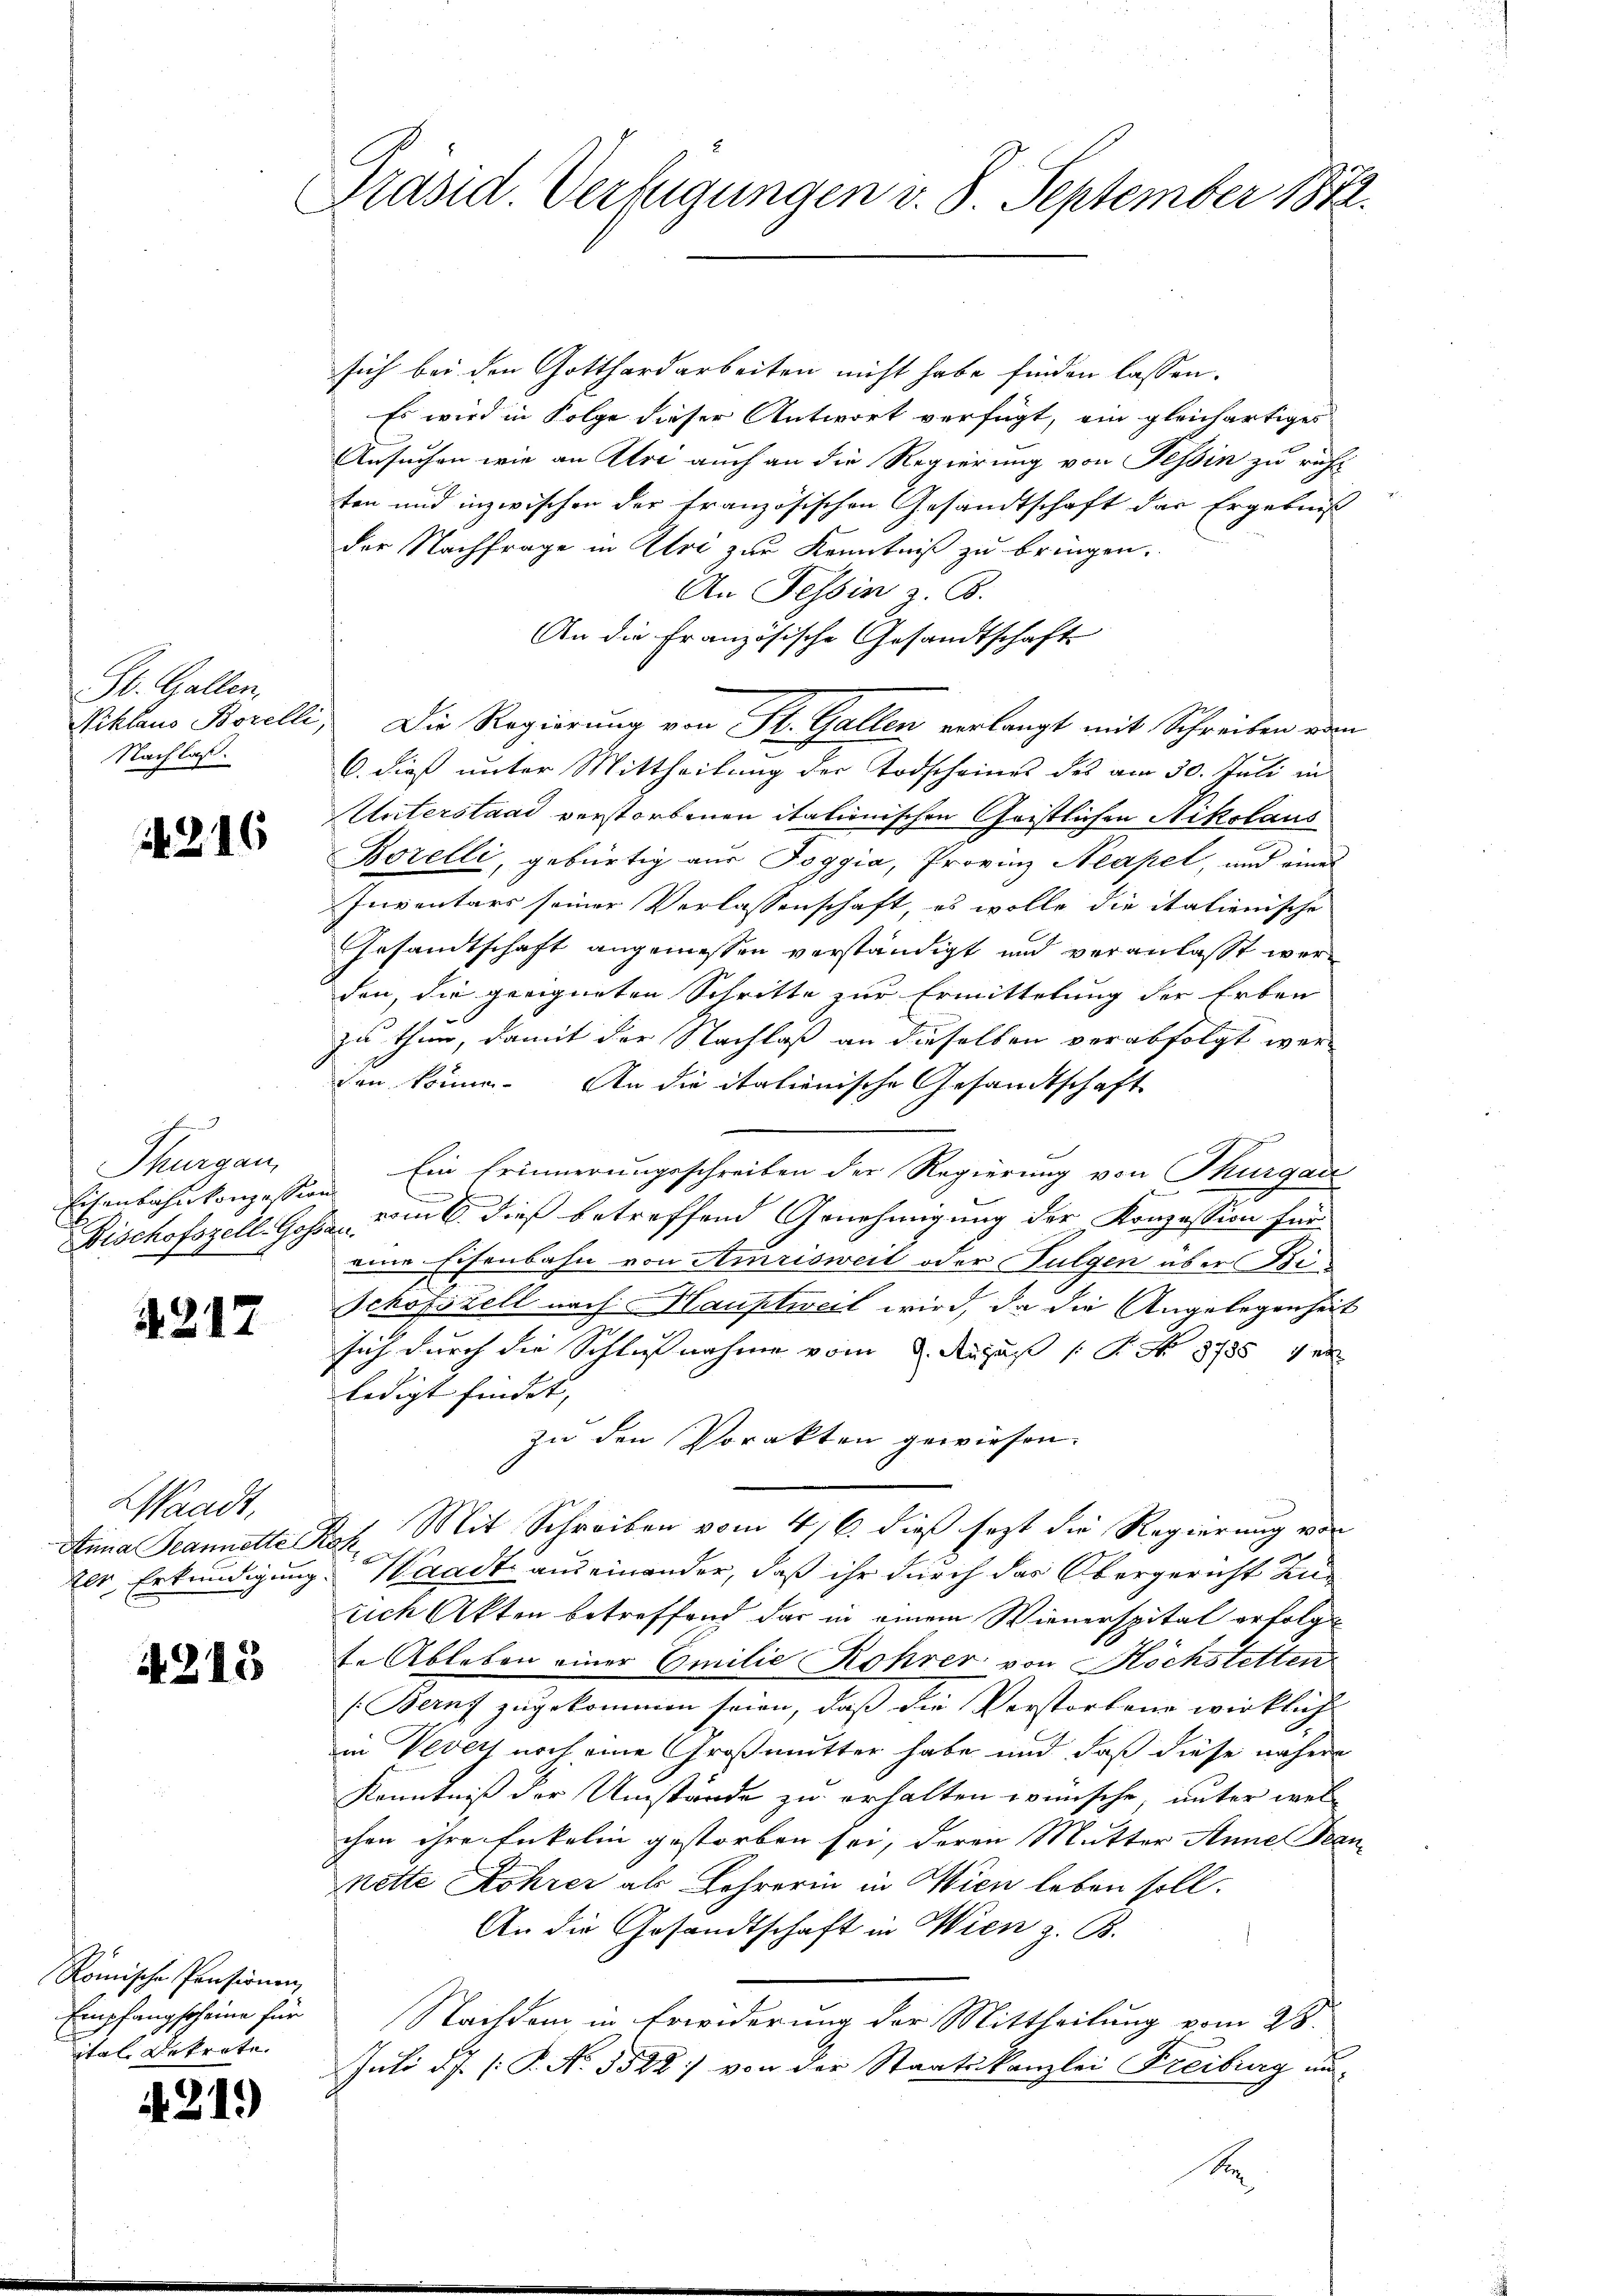
St. Gallen.
Nachlaß.

4216

Thurgau,

4217

Waadt,

4215

Römische Pensionen,
Empfangscheine für
ital Dekrete.

A. 219)

Präsid. Verfügungen v. 8. September 1872.

sich bei den Gotthardarbeiten nicht habe finden lassen.
Es wird in Folge dieser Antwort verfügt, ein gleichartiges
Ausuchen wie an Aloi auch an die Regierung von Tessin zu richt
ten und inzwischen der französischen Gesandtschaft das Ergebniß
der Nachfrage in Uri zur Kenntniß zu bringen.
An Tessin z. B.
An die Französische Gesandtschaft
6. dieß unter Mittheilung der Todscheines des am 30. Juli in
Unterstand verstorbenen itationischen Geistlichen Nikolaus
Borelli, gebürtig aus Toggia, Provinz Neapel, und eines
Inventars seiner Verlassenschaft, es wolle die italienische
Gesandtschaft angemessen verständigt und veranlasst werden, die geeigneten Schritte zur Ermittelung der Erben
zu thun, damit der Nachlaß an dieselben verabfolgt werden könne. An die italienische Gesandtschaft
Eisenbahnkonzession Ein Erinnerungsschreiben der Regierung von Thurgau
Bischofszell- Gossa vom 6. dieß betreffend Genehmigung der Konzession für
eine Eisenbahn von Amrisweit oder Fulgen über Be¬
Schofszell nach Hauptweil wird, da die Angelegenheit
sich durch die Schlußnahme vom 2. August 1. No 8785 ver
ledigt findet, |
zu den Vorakten gewiesen.
Anna Jeannette Kop. Mit Schreiben vom 4/6. dieß sezt die Regierung von
2er Erkundigung. Waadt aus einander, daß ihr durch das Obergericht zusich Akten betreffend dar in einem Wienerspital erfolge
te Ableben einer Emilie Rohrer von Höchstetten
(Berns zugekommen seien, daß die Verstorbene wirklich
in Vevets noch eine Großmutter habe und daß diese nähere
Kenntniß der Umstände zu erhalten wünsche, unter wel
chen ihre Enkelin gestorben sei, deren Mutter Anne Pen
nette Rohrer als Lehrerin in Wien leben soll.
An die Gesandtschaft in Wien z. B.
Nachdem in Erwiderung der Mittheilung vom 28.
Juli d. 1. P. No. 5522) von der Staatskanzlei Freiburg un-
s

Niklaus Borelli, Die Regierung von St. Gallen verlangt mit Schreiben vom